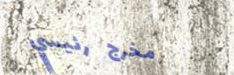
مخرج رئيسي